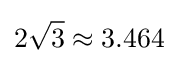
2{\sqrt {3}}\approx 3.464